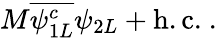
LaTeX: M{\overline{{{\psi_{1L}^{c}}}}}\psi_{2L}+\mathrm{h.c.}~.